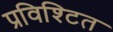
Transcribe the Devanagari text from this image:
प्रविश्टित